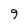
Character: 9